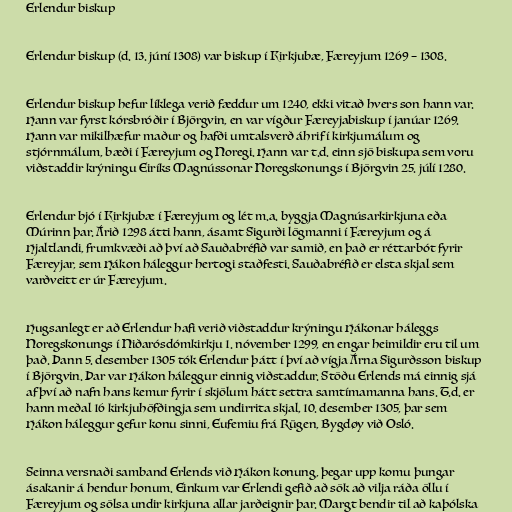
Erlendur biskup

Erlendur biskup (d. 13. júní 1308) var biskup í Kirkjubæ, Færeyjum 1269 – 1308.

Erlendur biskup hefur líklega verið fæddur um 1240, ekki vitað hvers son hann var.
Hann var fyrst kórsbróðir í Björgvin, en var vígður Færeyjabiskup í janúar 1269.
Hann var mikilhæfur maður og hafði umtalsverð áhrif í kirkjumálum og
stjórnmálum, bæði í Færeyjum og Noregi. Hann var t.d. einn sjö biskupa sem voru
viðstaddir krýningu Eiríks Magnússonar Noregskonungs í Björgvin 25. júlí 1280.

Erlendur bjó í Kirkjubæ í Færeyjum og lét m.a. byggja Magnúsarkirkjuna eða
Múrinn þar. Árið 1298 átti hann, ásamt Sigurði lögmanni í Færeyjum og á
Hjaltlandi, frumkvæði að því að Sauðabréfið var samið, en það er réttarbót fyrir
Færeyjar, sem Hákon háleggur hertogi staðfesti. Sauðabréfið er elsta skjal sem
varðveitt er úr Færeyjum.

Hugsanlegt er að Erlendur hafi verið viðstaddur krýningu Hákonar háleggs
Noregskonungs í Niðarósdómkirkju 1. nóvember 1299, en engar heimildir eru til um
það. Þann 5. desember 1305 tók Erlendur þátt í því að vígja Árna Sigurðsson biskup
í Björgvin. Þar var Hákon háleggur einnig viðstaddur. Stöðu Erlends má einnig sjá
af því að nafn hans kemur fyrir í skjölum hátt settra samtímamanna hans. T.d. er
hann meðal 16 kirkjuhöfðingja sem undirrita skjal, 10. desember 1305, þar sem
Hákon háleggur gefur konu sinni, Eufemiu frá Rügen, Bygdøy við Osló.

Seinna versnaði samband Erlends við Hákon konung, þegar upp komu þungar
ásakanir á hendur honum. Einkum var Erlendi gefið að sök að vilja ráða öllu í
Færeyjum og sölsa undir kirkjuna allar jarðeignir þar. Margt bendir til að kaþólska